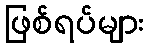
ဖြစ်ရပ်များ